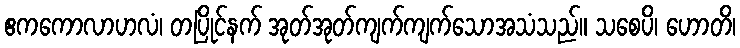
ဧကကောလာဟလံ၊ တပြိုင်နက် အုတ်အုတ်ကျက်ကျက်သောအသံသည်။ သစေပိ၊ ဟောတိ၊